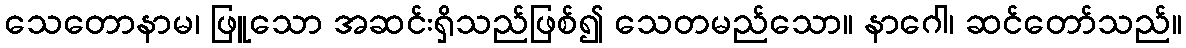
သေတောနာမ၊ ဖြူသော အဆင်းရှိသည်ဖြစ်၍ သေတမည်သော။ နာဂေါ၊ ဆင်တော်သည်။